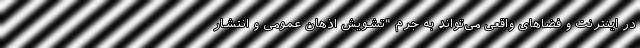
در اینترنت و فضاهای واقعی می‌تواند به جرم "تشویش اذهان عمومی و انتشار